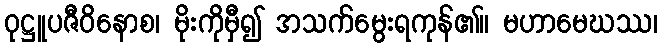
ဝုဋ္ဌူပဇီဝိနောစ၊ မိုးကိုမှီ၍ အသက်မွေးရကုန်၏။ မဟာမေဃဿ၊